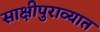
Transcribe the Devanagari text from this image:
साक्षीपुराव्यात